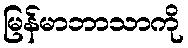
မြန်မာဘာသာကို